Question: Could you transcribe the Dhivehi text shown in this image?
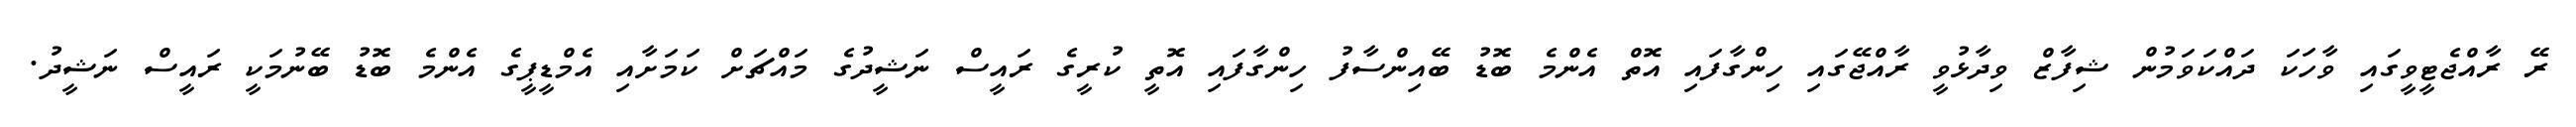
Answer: ރޭ ރާއްޖެޓީވީގައި ވާހަކަ ދައްކަވަމުން ޝިފާޒް ވިދާޅުވީ ރާއްޖޭގައި ހިންގާފައި އޮތް އެންމެ ބޮޑު ބޭއިންސާފު ހިންގާފައި އޮތީ ކުރީގެ ރައީސް ނަޝީދުގެ މައްޗަށް ކަމަށާއި އެމްޑީޕީގެ އެންމެ ބޮޑު ބޭނުމަކީ ރައީސް ނަޝީދު.